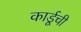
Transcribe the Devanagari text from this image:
कार्डूची